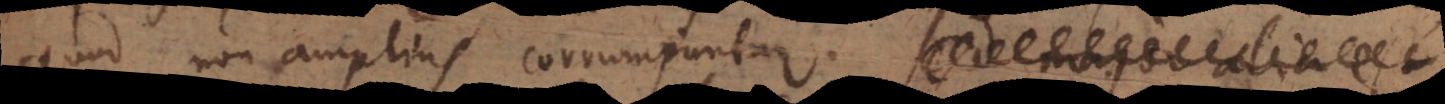
quod non amplius corrumpuntur.